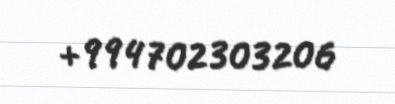
+994702303206